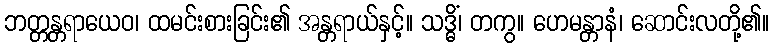
ဘတ္တန္တရာယေဝ၊ ထမင်းစားခြင်း၏ အန္တရာယ်နှင့်။ သဒ္ဓိံ၊ တကွ။ ဟေမန္တာနံ၊ ဆောင်းလတို့၏။